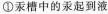
①汞槽中的汞起到液